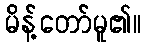
မိန့်တော်မူ၏။